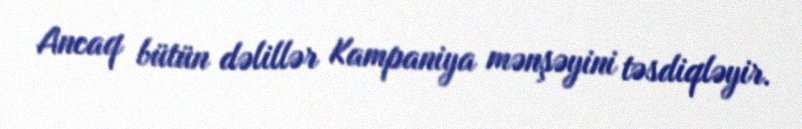
Ancaq bütün dəlillər Kampaniya mənşəyini təsdiqləyir.